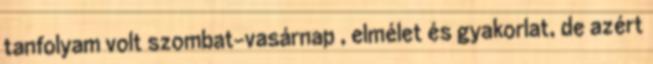
tanfolyam volt szombat-vasárnap , elmélet és gyakorlat, de azért